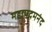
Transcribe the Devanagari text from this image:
महापदमनंद